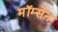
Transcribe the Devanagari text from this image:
मॉम्सेन